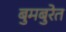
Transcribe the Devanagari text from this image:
बुमबुरेत